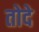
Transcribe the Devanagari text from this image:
तोदे